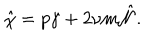
\hat { \chi } = p \gamma + 2 \nu m \hat { { \cal N } } .